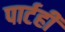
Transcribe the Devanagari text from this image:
पार्टही